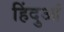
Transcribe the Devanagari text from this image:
हिंदुआं